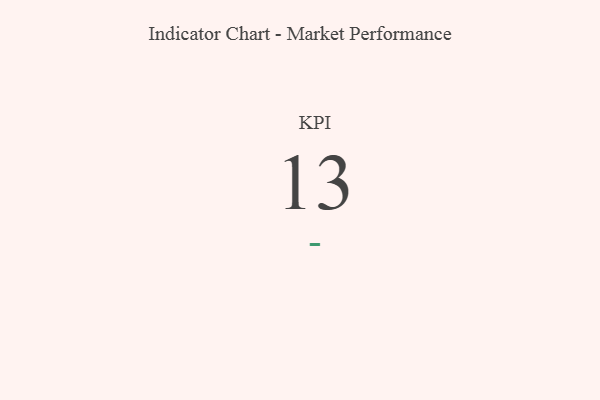
{"axis": {"x": "KPI", "y": "Value"}, "legend": [""], "data": [{"x": "KPI", "y": 13, "type": ""}]}